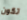
تكون